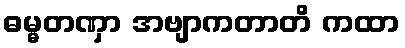
ဓမ္မတဏှာ အဗျာကတာတိ ကထာ